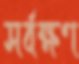
সর্বক্ষণ